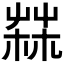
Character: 𦲬